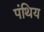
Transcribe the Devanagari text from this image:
पंथिय